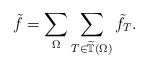
LaTeX: \begin{align*}\tilde f = \sum_{\Omega} \sum_{T \in \widetilde{\mathbb T}(\Omega)} \tilde f_T.\end{align*}